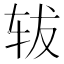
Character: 𫐈